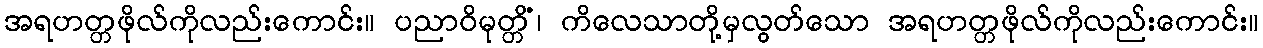
အရဟတ္တဖိုလ်ကိုလည်းကောင်း။ ပညာဝိမုတ္တိံ၊ ကိလေသာတို့မှလွတ်သော အရဟတ္တဖိုလ်ကိုလည်းကောင်း။